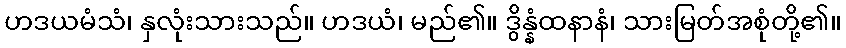
ဟဒယမံသံ၊ နှလုံးသားသည်။ ဟဒယံ၊ မည်၏။ ဒွိန္နံထနာနံ၊ သားမြတ်အစုံတို့၏။